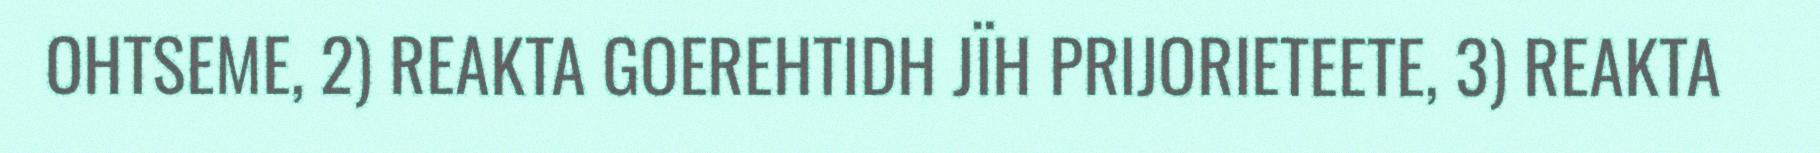
OHTSEME, 2) REAKTA GOEREHTIDH JÏH PRIJORIETEETE, 3) REAKTA